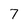
Character: 7